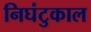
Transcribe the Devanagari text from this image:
निघंटुकाल